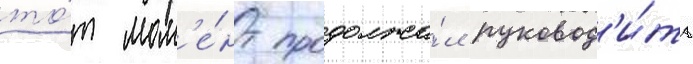
то́т мом'е́нт продолжа́л руковод'и́ть